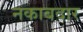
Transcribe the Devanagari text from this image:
नकाबदार